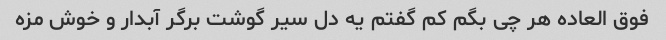
فوق العاده هر چی بگم کم گفتم یه دل سیر گوشت برگر آبدار و خوش مزه